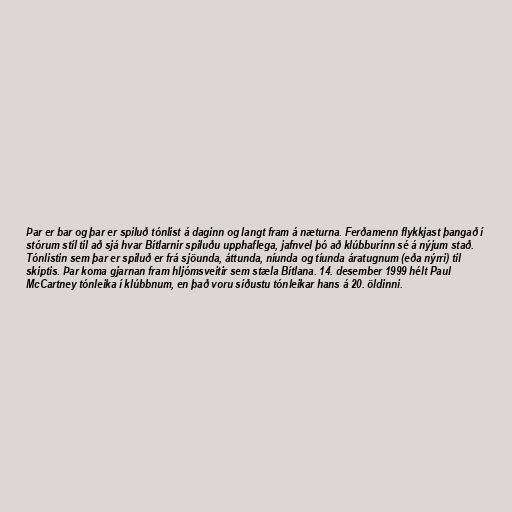
Þar er bar og þar er spiluð tónlist á daginn og langt fram á næturna. Ferðamenn flykkjast þangað í
stórum stíl til að sjá hvar Bítlarnir spiluðu upphaflega, jafnvel þó að klúbburinn sé á nýjum stað.
Tónlistin sem þar er spiluð er frá sjöunda, áttunda, níunda og tíunda áratugnum (eða nýrri) til
skiptis. Þar koma gjarnan fram hljómsveitir sem stæla Bítlana. 14. desember 1999 hélt Paul
McCartney tónleika í klúbbnum, en það voru síðustu tónleikar hans á 20. öldinni.